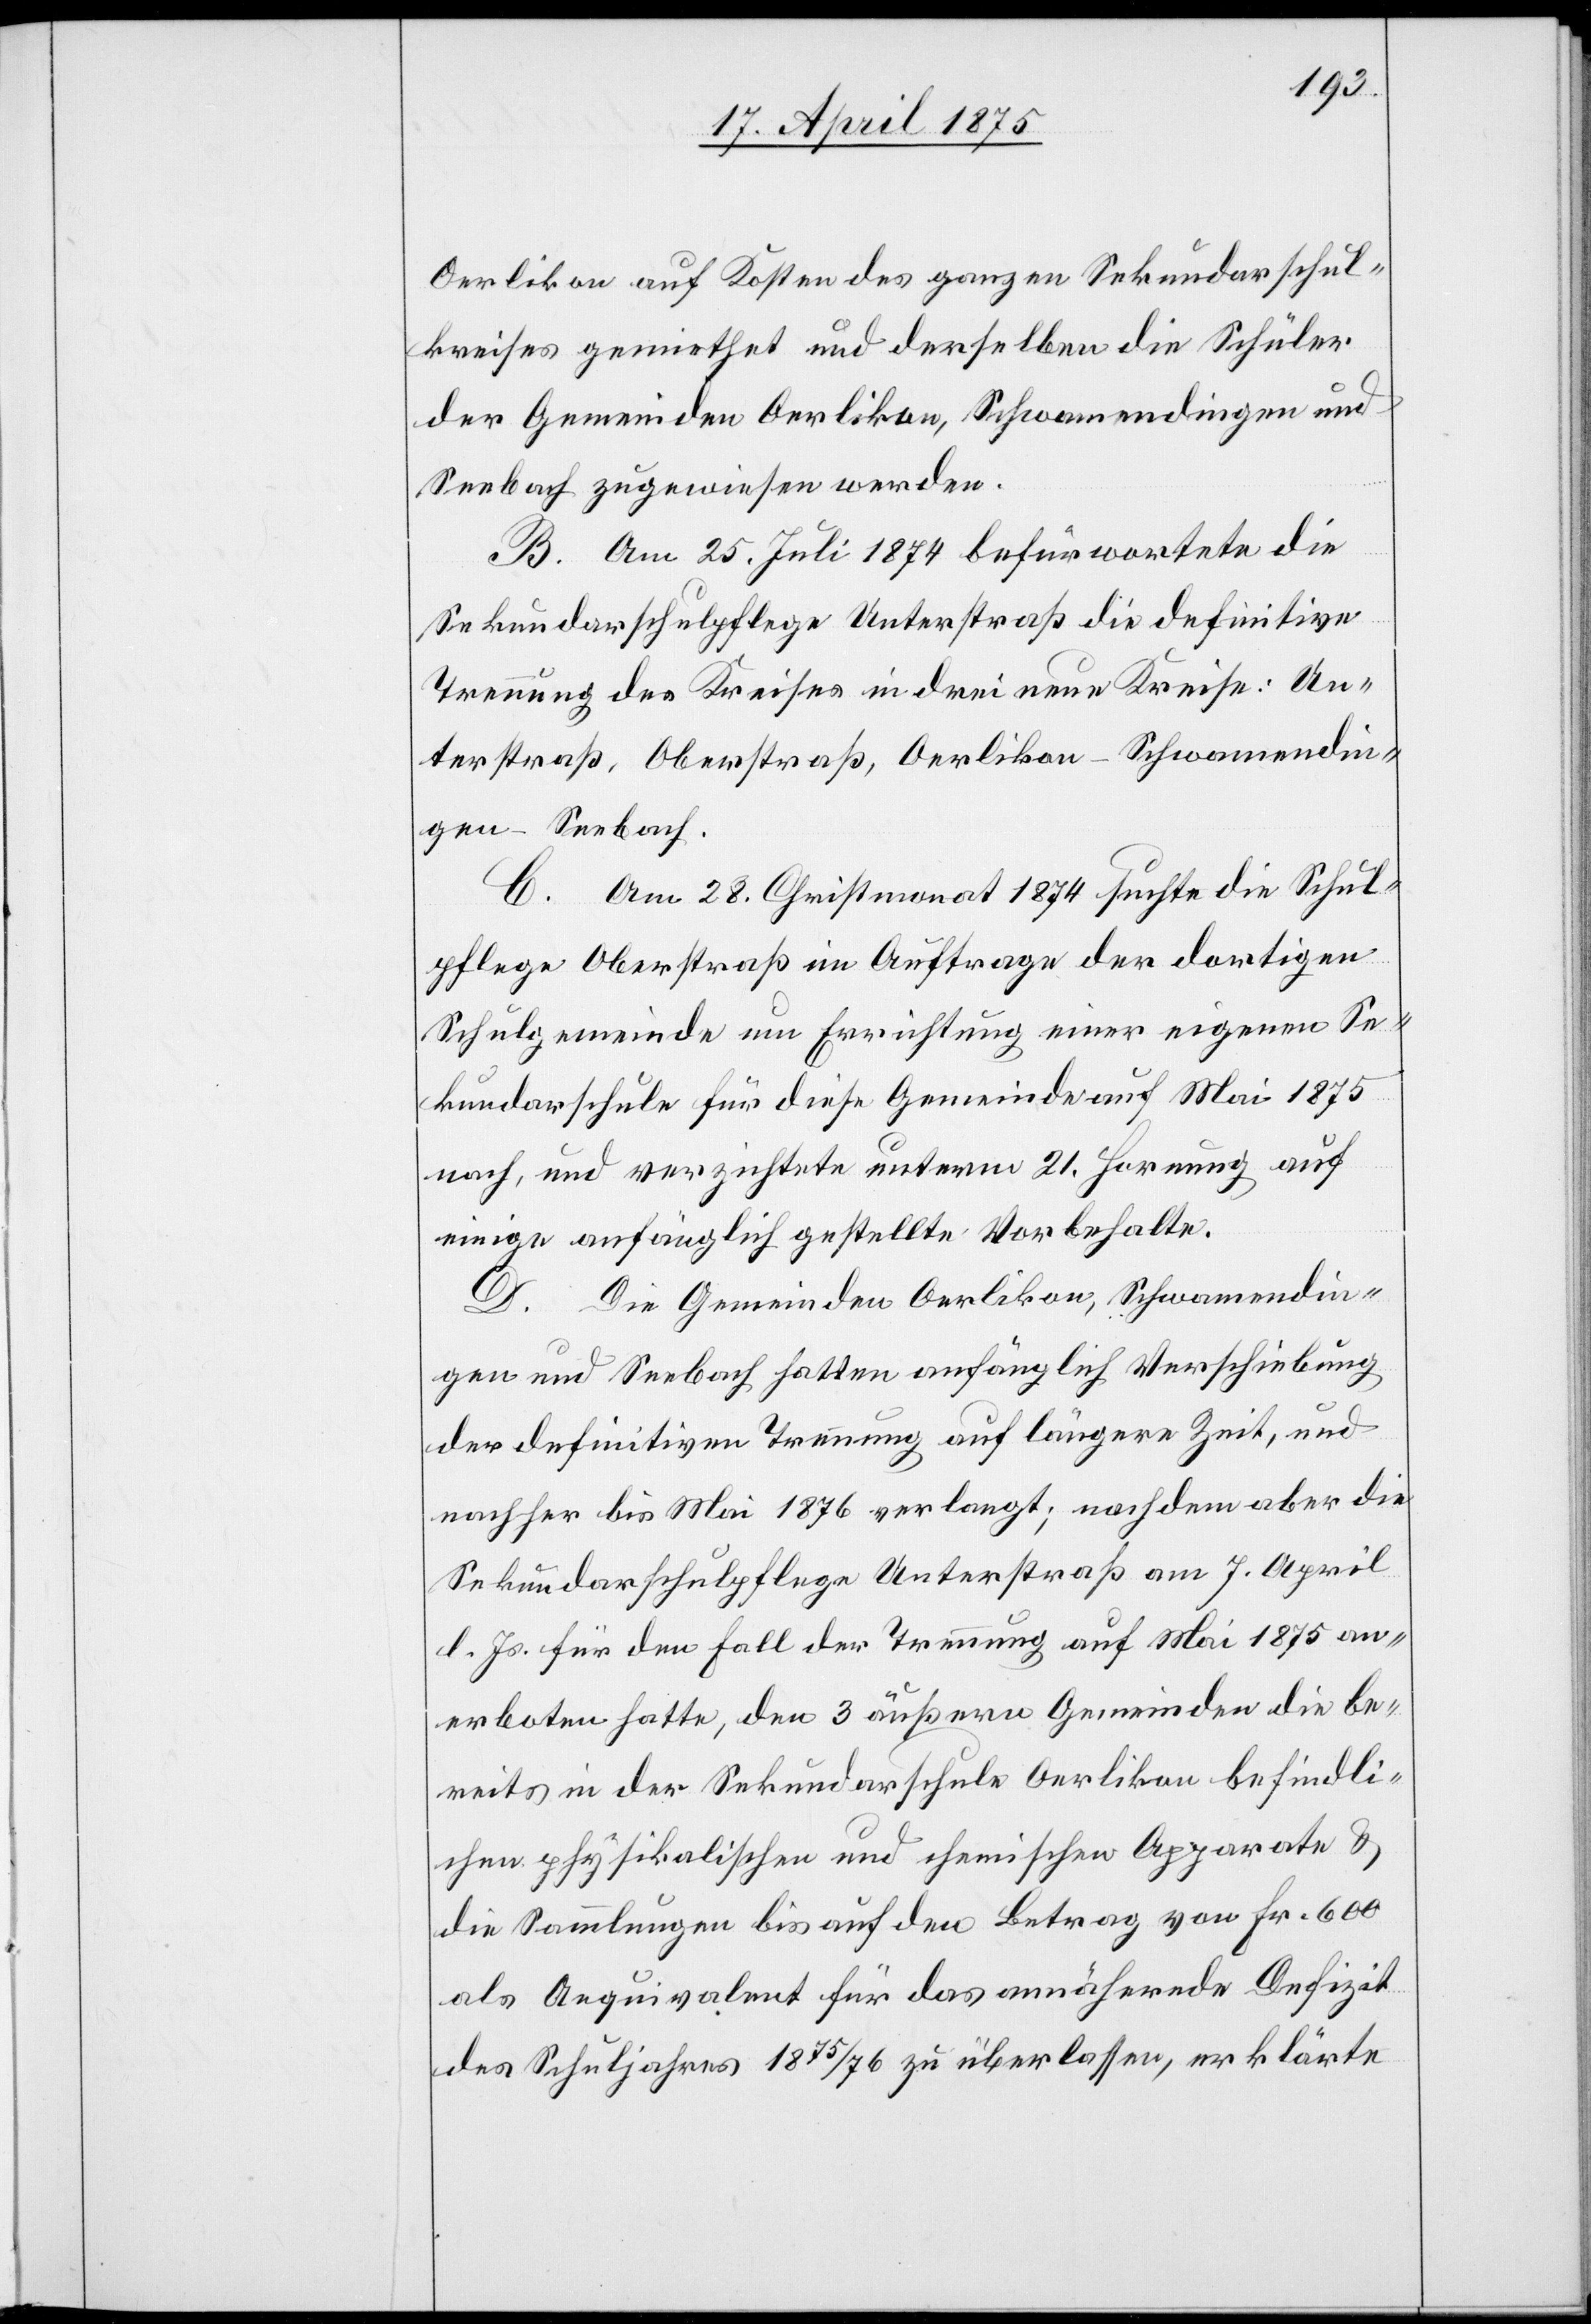
Oerlikon auf Kosten des ganzen Sekundarschul¬
kreises gemiethet und derselben die Schüler
der Gemeinden Oerlikon, Schwamendingen und
Seebach zugewiesen werden.
B. Am 25. Juli 1874 befürwortete die
Sekundarschulpflege Unterstraß die definitive
Trennung des Kreises in drei neue Kreise: Un¬
terstraß, Oberstraß, Oerlikon–Schwamendin¬
gen–Seebach.
C. Am 28. Christmonat 1874 suchte die Schul¬
pflege Oberstraß im Auftrage der dortigen
Schulgemeinde um Errichtung einer eigenen Se¬
kundarschule für diese Gemeinde auf Mai 1875
nach, und verzichtete unterm 21. Hornung auf
einige anfänglich gestellte Vorbehalte.
D. Die Gemeinden Oerlikon, Schwamendin¬
gen und Seebach hatten anfänglich Verschiebung
der definitiven Trennung auf längere Zeit, und
nachher bis Mai 1876 verlangt; nachdem aber die
Sekundarschulpflege Unterstraß am 7. April
d. Js. für den Fall der Trennung auf Mai 1875 an¬
erboten hatte, den 3 äußern Gemeinden die be¬
reits in der Sekundarschule Oerlikon befindli¬
chen physikalischen und chemischen Apparate &
die Sammlungen bis auf den Betrag von Fr. 600
als Aequivalent für das annähernde Defizit
des Schuljahres 1875/76 zu überlassen, erklärte